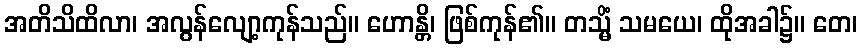
အတိသိထိလာ၊ အလွန်လျော့ကုန်သည်။ ဟောန္တိ၊ ဖြစ်ကုန်၏။ တသ္မိံ သမယေ၊ ထိုအခါ၌။ တေ၊